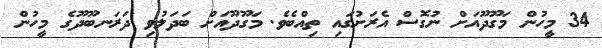
34 މީހުން މަގޫދޫއަށް ނުގޮސް އެރަށުގައި ތިއްބެވެ. މަގޫދޫއަށް ބަދަލުވި ދަރަނބޫދޫގެ މީހުން